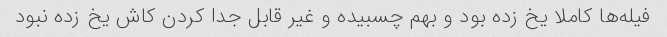
فیله‌ها کاملا یخ زده بود و بهم چسبیده و غیر قابل جدا کردن کاش یخ زده نبود